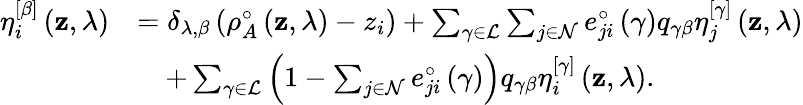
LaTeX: \begin{array}{rl}{\eta_{i}^{\left[\beta\right]}\left(\mathbf{z},\lambda\right)}&{=\delta_{\lambda,\beta}\left(\rho_{A}^{\circ}\left(\mathbf{z},\lambda\right)-z_{i}\right)+\sum_{\gamma\in\mathcal{L}}\sum_{j\in\mathcal{N}}e_{ji}^{\circ}\left(\gamma\right)q_{\gamma\beta}\eta_{j}^{\left[\gamma\right]}\left(\mathbf{z},\lambda\right)}\\ &{\quad+\sum_{\gamma\in\mathcal{L}}\left(1-\sum_{j\in\mathcal{N}}e_{ji}^{\circ}\left(\gamma\right)\right)q_{\gamma\beta}\eta_{i}^{\left[\gamma\right]}\left(\mathbf{z},\lambda\right).}\end{array}